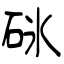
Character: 砯